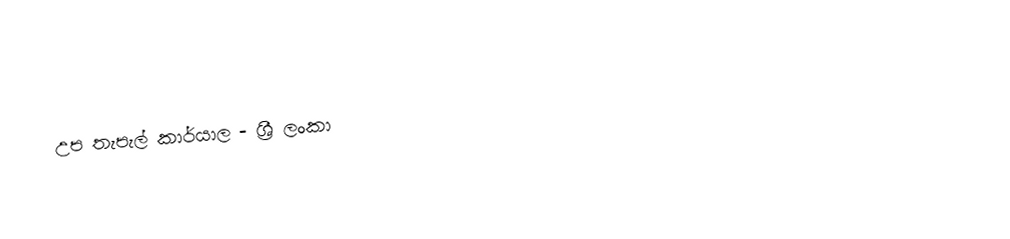
උප තැපැල් කාර්යාල - ශ්‍රී ලංකා